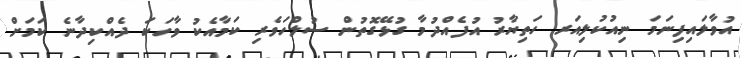
އުވާލައިފިނަމަ ނިއުކުލިއަރ ހަތިޔާރު އުފެއްދުމާ ގުޅޭގޮތުން ސުލްހަވެރި ކަމާއެކު ވާހަކަ ދެއްކިދާނެ ކަމަށް